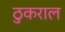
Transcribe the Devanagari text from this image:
ठुकराल